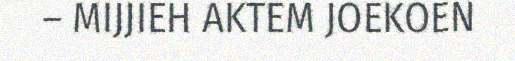
– MIJJIEH AKTEM JOEKOEN